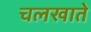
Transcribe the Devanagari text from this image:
चलखाते